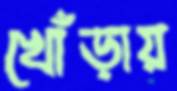
খোঁড়ায়